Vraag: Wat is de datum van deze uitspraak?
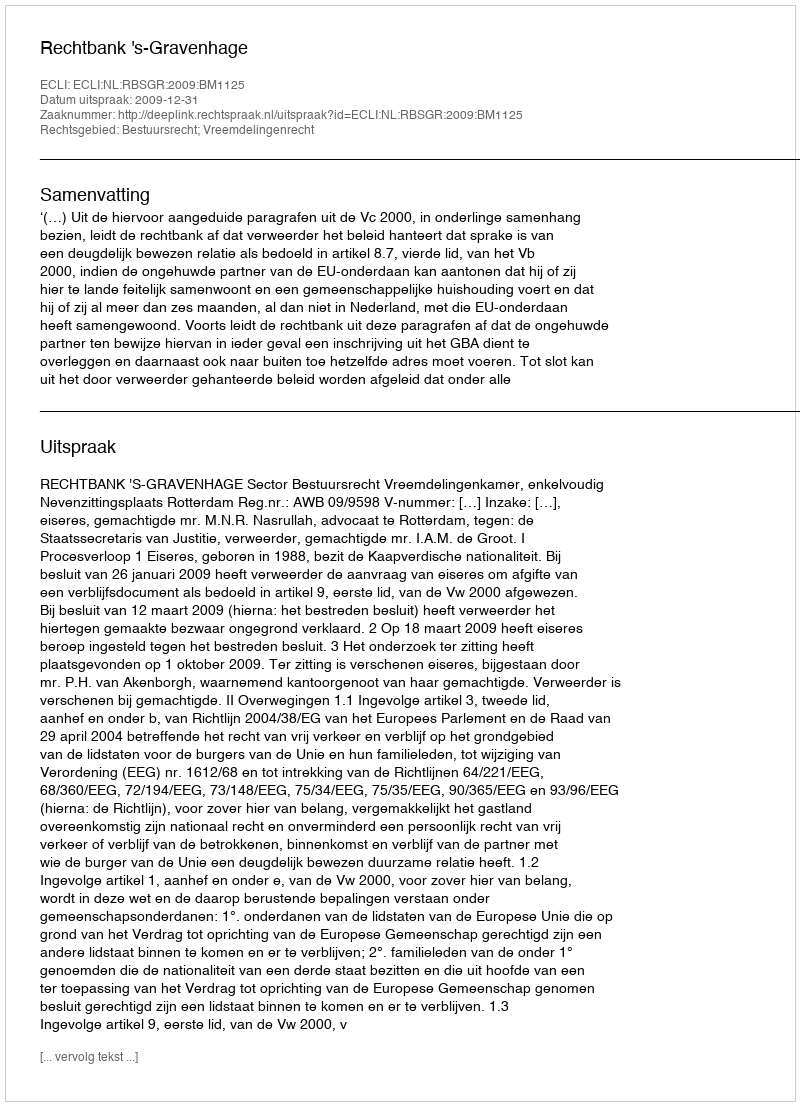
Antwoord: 2009-12-31